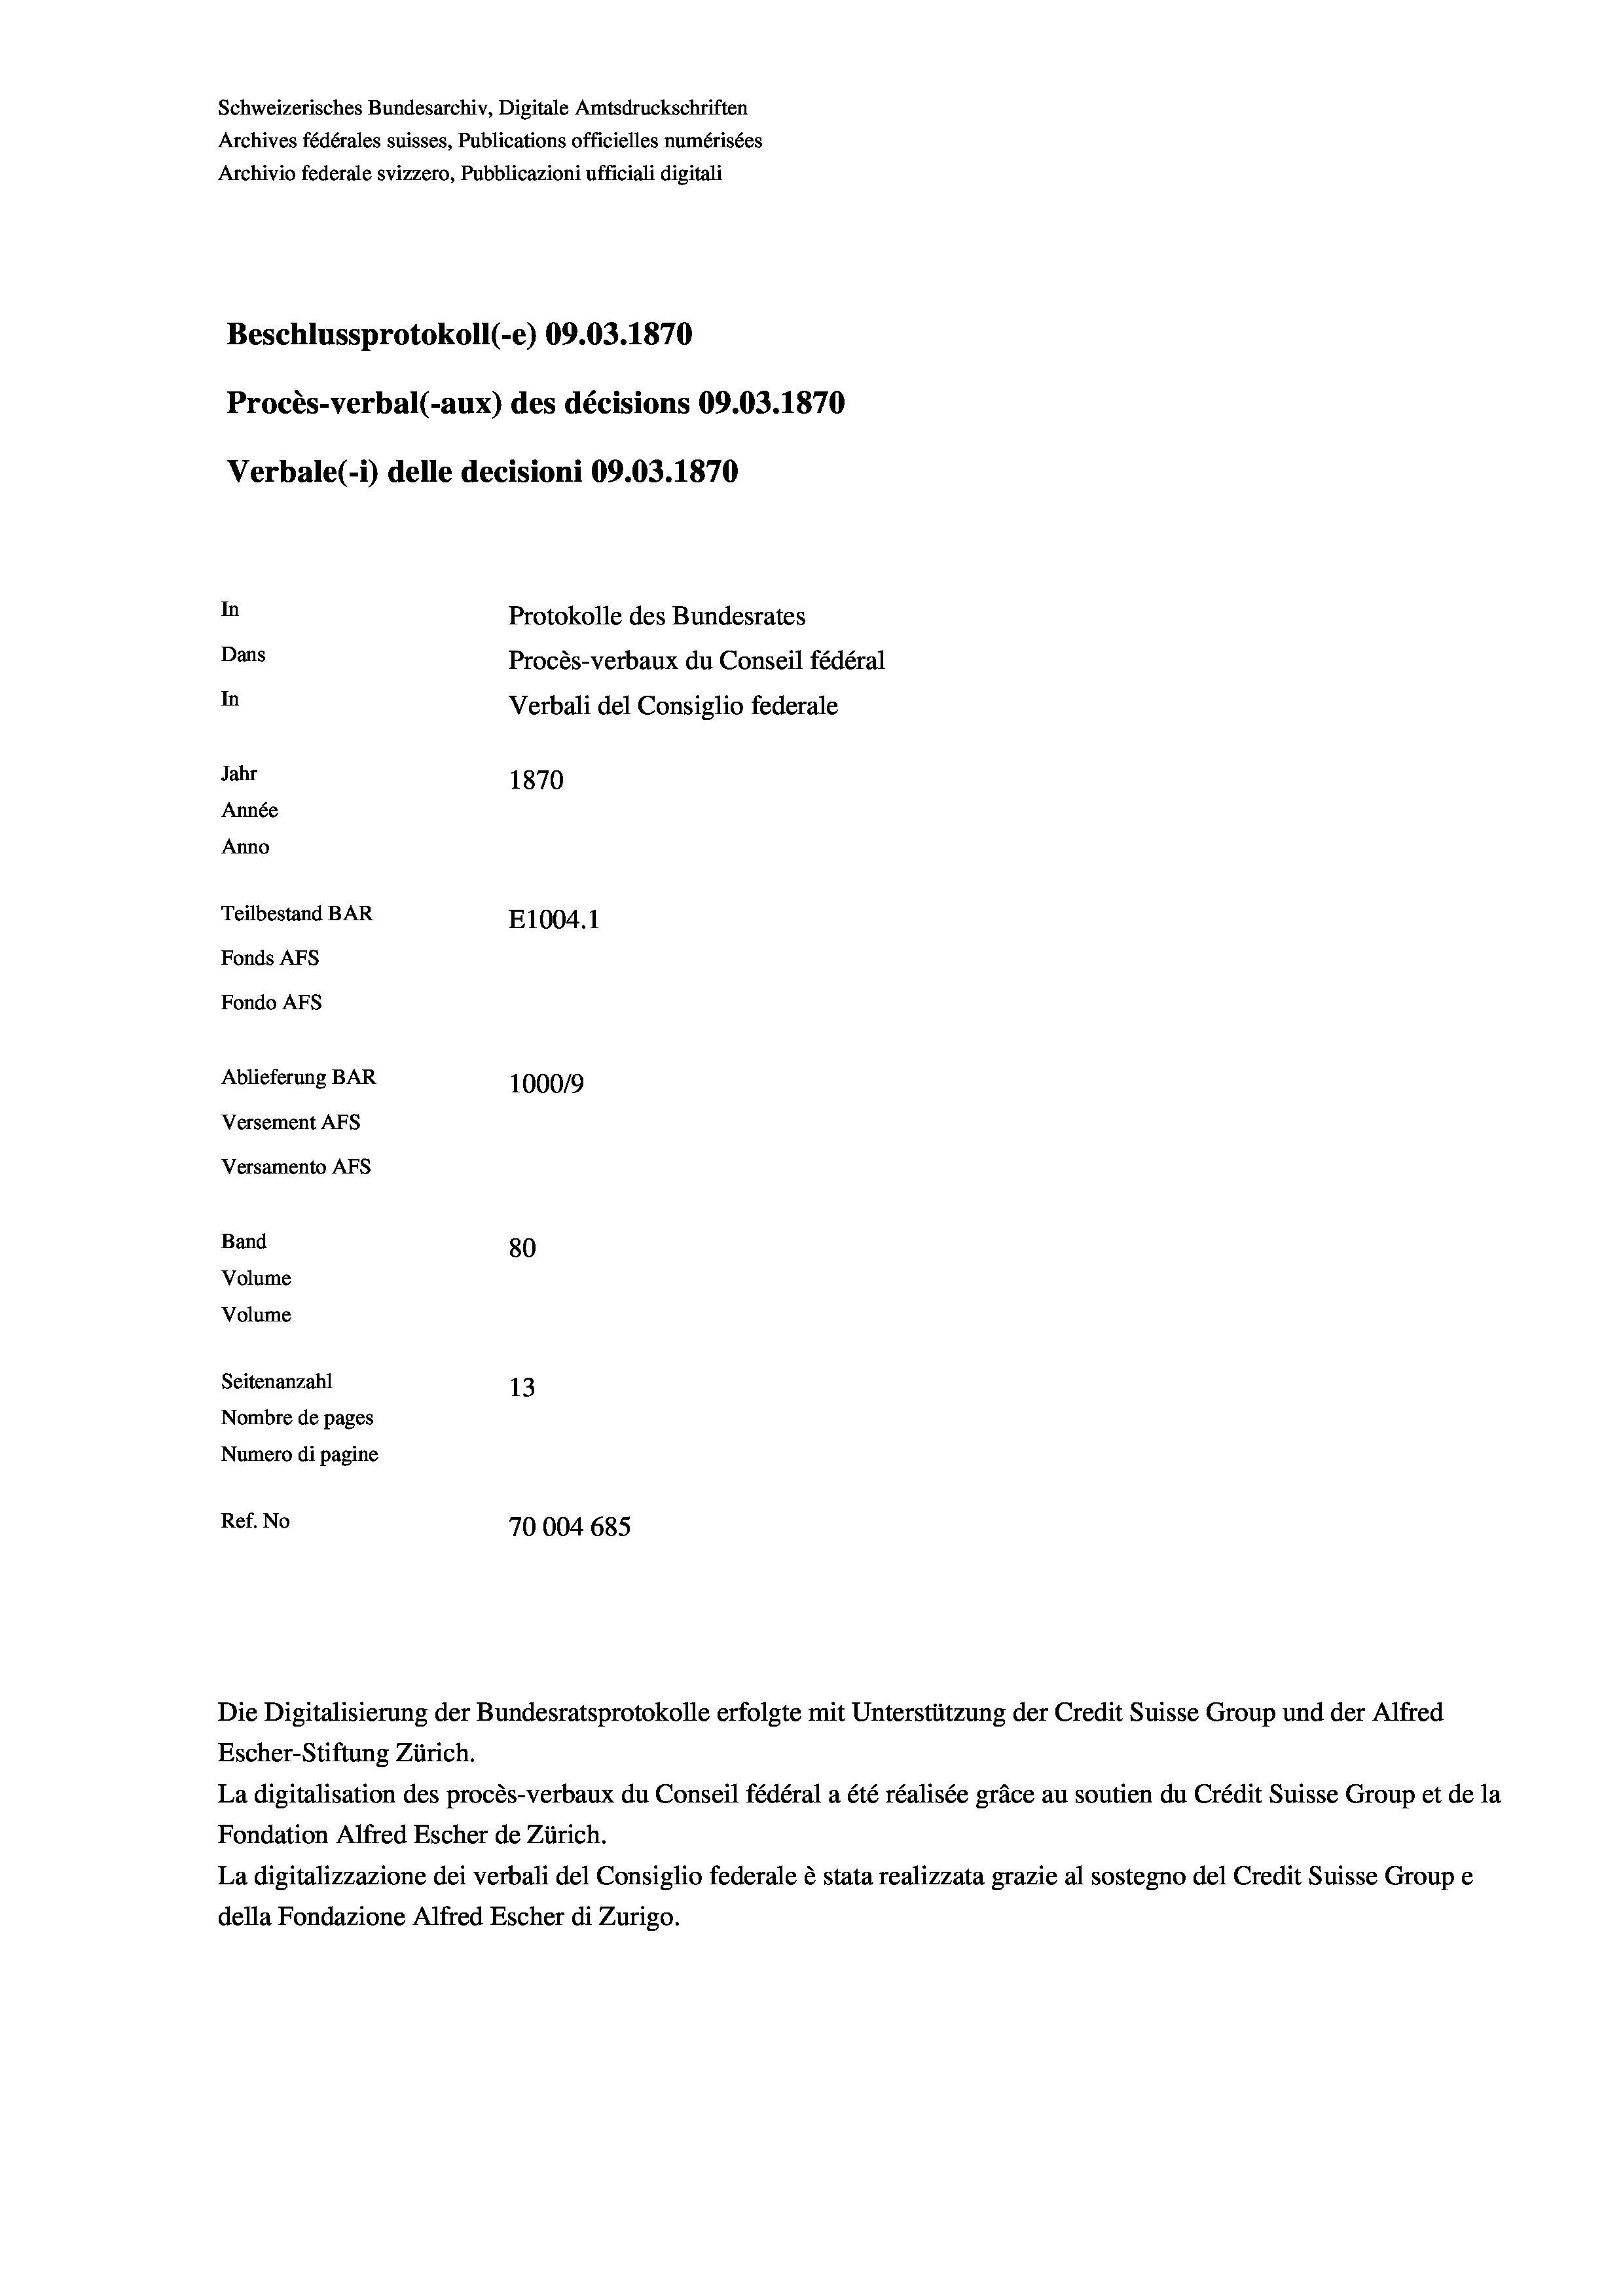
Schweizerisches Bundesarchiv, Digitale Amtsdruckschriften
Archives fédérales suisses, Publications officielles numérisées
Archivio federale svizzero, Pubblicazioni ufficiali digitali
Beschlussprotokoll (-e) 09.03. 1870
Procès-verbal (-aux) des décisions 09.03. 1870
Verbale(-*) delle decisioni 09.03. 1870
In
Protokolle des Bundesrates
Dans
Procès-verbaux du Conseil fédéral
In
Verbali del Consiglio federale
Jahr
1870
Année
Anno
Teilbestand BAR
E1004.1
Fonds AFs
Fondo AFs
Ablieferung BAR
1000/9
Versement Abs
Versamento Afs
Band
80
Volume
Volume
Seitenanzahl
13
Nombre de pages
Numero di pagine
Ref. No
70004 685

La digitalisation des procès-verbaux du Conseil fédéral a été réalisée gräce au soutien du Crédit Suisse Group et de la
Fondation Alfred Escher de Zürich.
La digitalizzazione dei verbali del Consiglio federale è stata realizzata grazie al sostegno del Credit Suisse Groupe
della Fondazione Alfred Escher di Zurigo.

Escher-Stiftung Zürich.

Die Digitalisierung der Bundesratsprotokolle erfolgte mit Unterstützung der Credit Suisse Group und der Alfred